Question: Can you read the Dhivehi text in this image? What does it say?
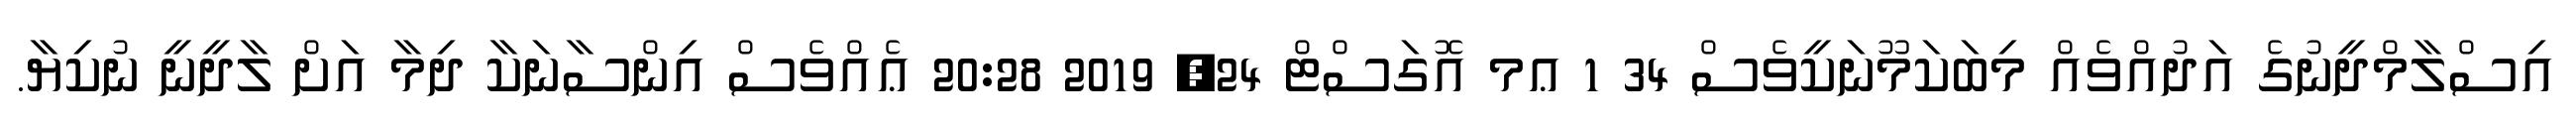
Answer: އިސްލާމްދީނުގެ އަދުއްވެއް މިބަކަމޫނަކީވެސް 34 1 ޢމ އޮގަސްޓް 24, 2019 20:28 ޢެއްވެސް އިންސާނަކާ ދިމާ އަށް ލާދީނީ ނުކިޔާ.